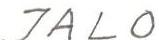
JALO